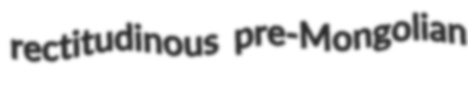
rectitudinous pre-Mongolian